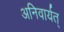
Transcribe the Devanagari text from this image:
अनिवार्यत्